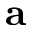
\mathbf { a }